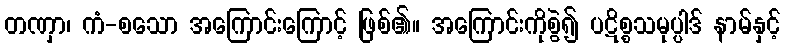
တဏှာ၊ ကံ-စသော အကြောင်းကြောင့် ဖြစ်၏။ အကြောင်းကိုစွဲ၍ ပဋိစ္စသမုပ္ပါဒ် နာမ်နှင့်